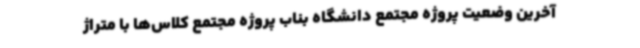
آخرین وضعیت پروژه مجتمع دانشگاه بناب پروژه مجتمع کلاس‌ها با متراژ